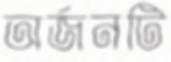
অর্জনটি